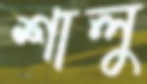
শালু